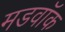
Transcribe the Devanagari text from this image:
मडवॉक